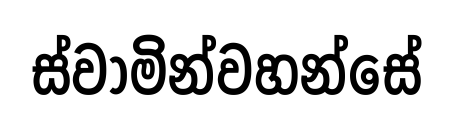
ස්වාමින්වහන්සේ